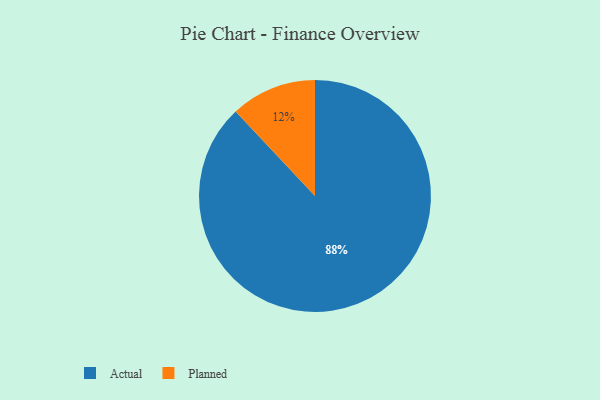
{"axis": {"x": "Category", "y": "Percentage"}, "legend": ["Actual", "Planned"], "data": [{"x": "Planned", "y": 12, "type": "Planned"}, {"x": "Actual", "y": 88, "type": "Actual"}]}